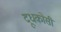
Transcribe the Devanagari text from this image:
दूधकोसी